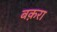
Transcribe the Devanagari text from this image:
बक़रा